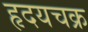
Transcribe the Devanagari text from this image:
हृदयचक्र